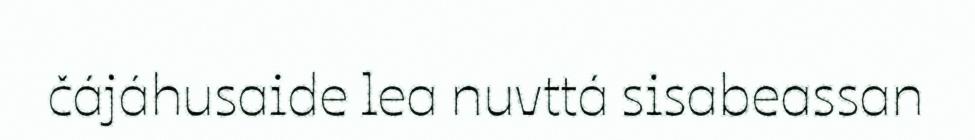
čájáhusaide lea nuvttá sisabeassan